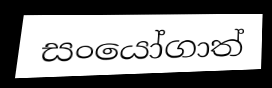
සංයෝගාත්